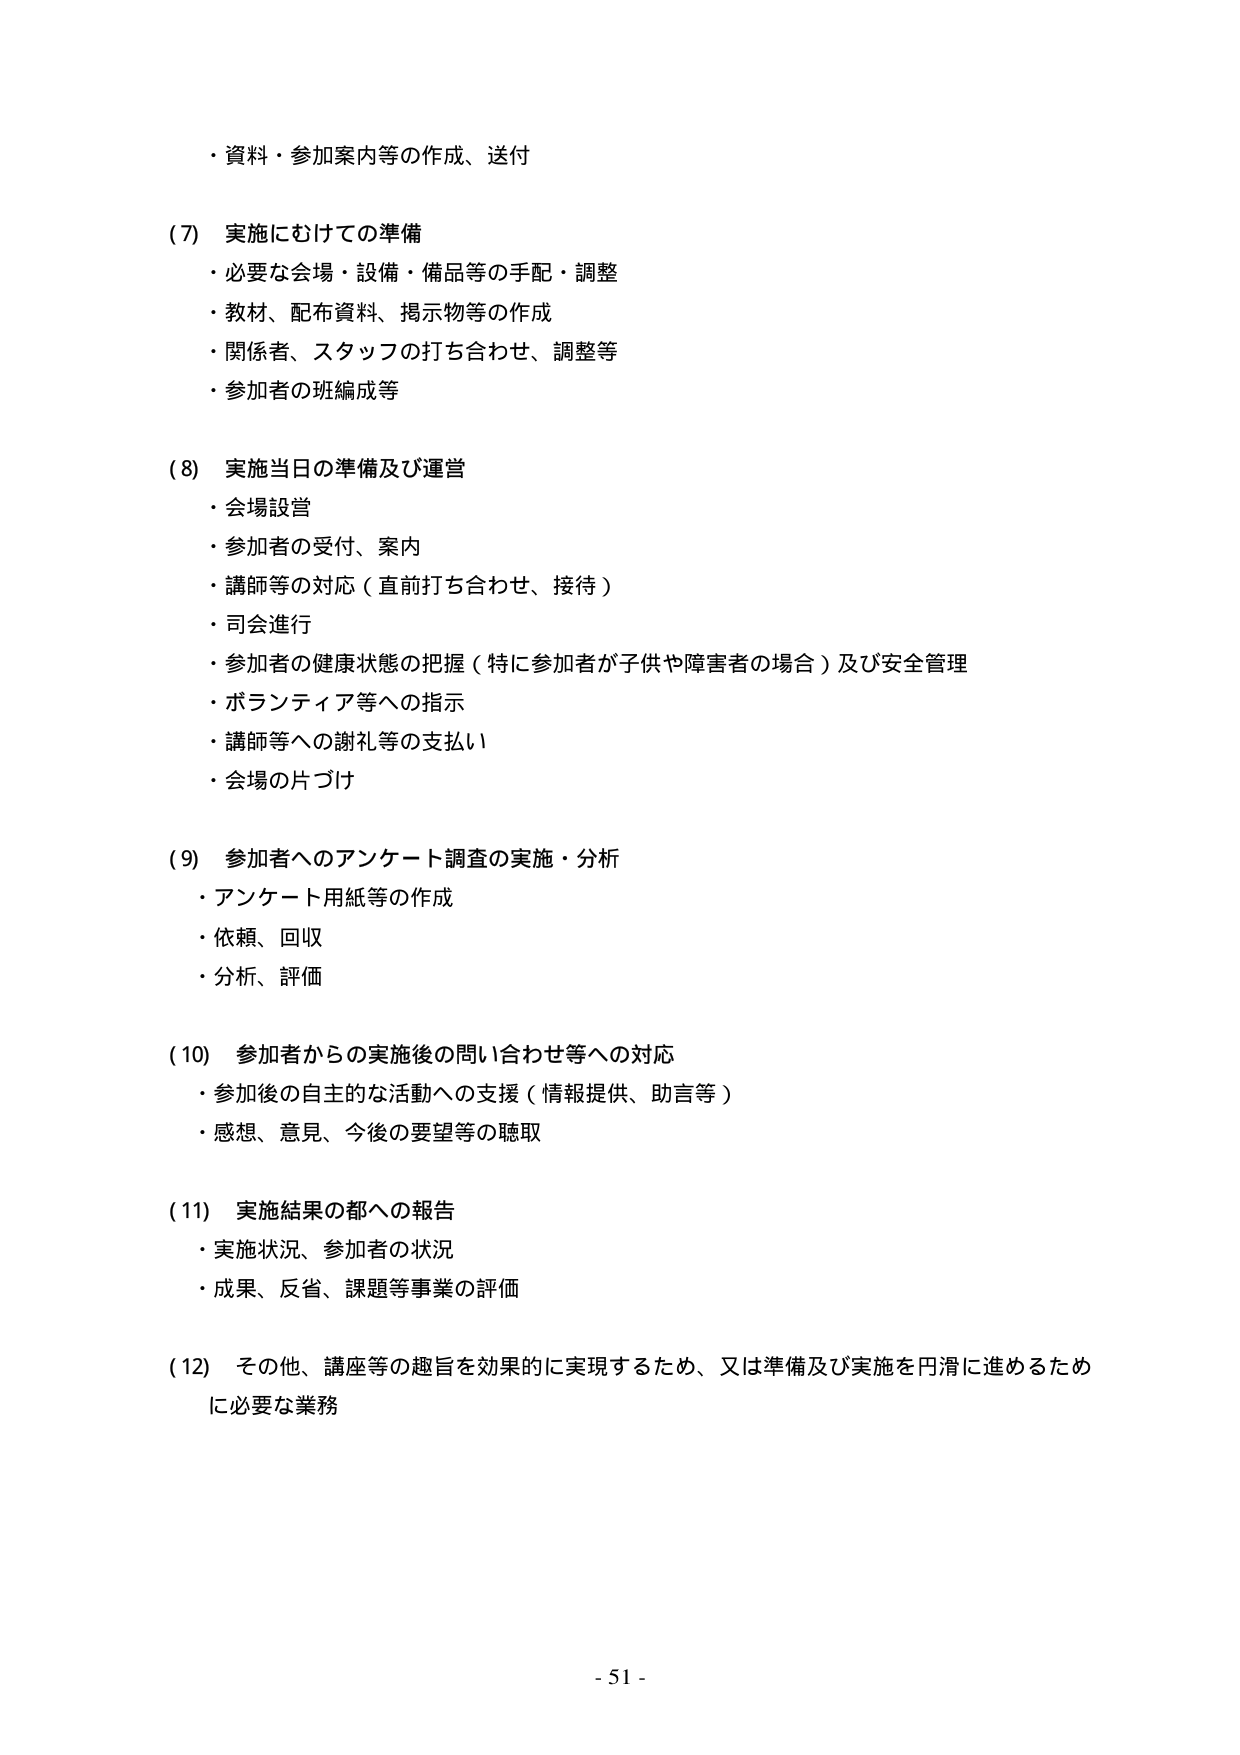
・資料・参加案内等の作成、送付

(7) 実施にむけての準備
・必要な会場・設備・備品等の手配・調整
・教材、配布資料、掲示物等の作成
・関係者、スタッフの打ち合わせ、調整等
・参加者の班編成等

(8) 実施当日の準備及び運営
・会場設営
・参加者の受付、案内
・講師等の対応（直前打ち合わせ、接待）
・司会進行
・参加者の健康状態の把握（特に参加者が子供や障害者の場合）及び安全管理
・ボランティア等への指示
・講師等への謝礼等の支払い
・会場の片づけ

(9) 参加者へのアンケート調査の実施・分析
・アンケート用紙等の作成
・依頼、回収
・分析、評価

(10) 参加者からの実施後の問い合わせ等への対応
・参加後の自主的な活動への支援（情報提供、助言等）
・感想、意見、今後の要望等の聴取

(11) 実施結果の都への報告
・実施状況、参加者の状況
・成果、反省、課題等事業の評価

(12) その他、講座等の趣旨を効果的に実現するため、又は準備及び実施を円滑に進めるため
に必要な業務

- 51 -